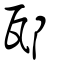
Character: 邷